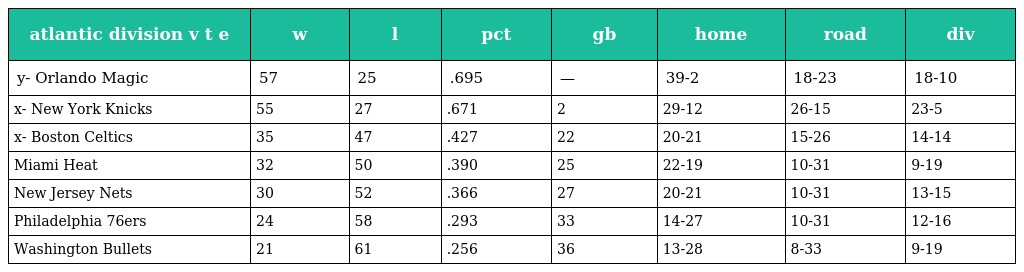
| atlantic division v t e | w | l | pct | gb | home | road | div |
 | --- | --- | --- | --- | --- | --- | --- | --- |
 | y- Orlando Magic | 57 | 25 | .695 | — | 39-2 | 18-23 | 18-10 |
 | x- New York Knicks | 55 | 27 | .671 | 2 | 29-12 | 26-15 | 23-5 |
 | x- Boston Celtics | 35 | 47 | .427 | 22 | 20-21 | 15-26 | 14-14 |
 | Miami Heat | 32 | 50 | .390 | 25 | 22-19 | 10-31 | 9-19 |
 | New Jersey Nets | 30 | 52 | .366 | 27 | 20-21 | 10-31 | 13-15 |
 | Philadelphia 76ers | 24 | 58 | .293 | 33 | 14-27 | 10-31 | 12-16 |
 | Washington Bullets | 21 | 61 | .256 | 36 | 13-28 | 8-33 | 9-19 |